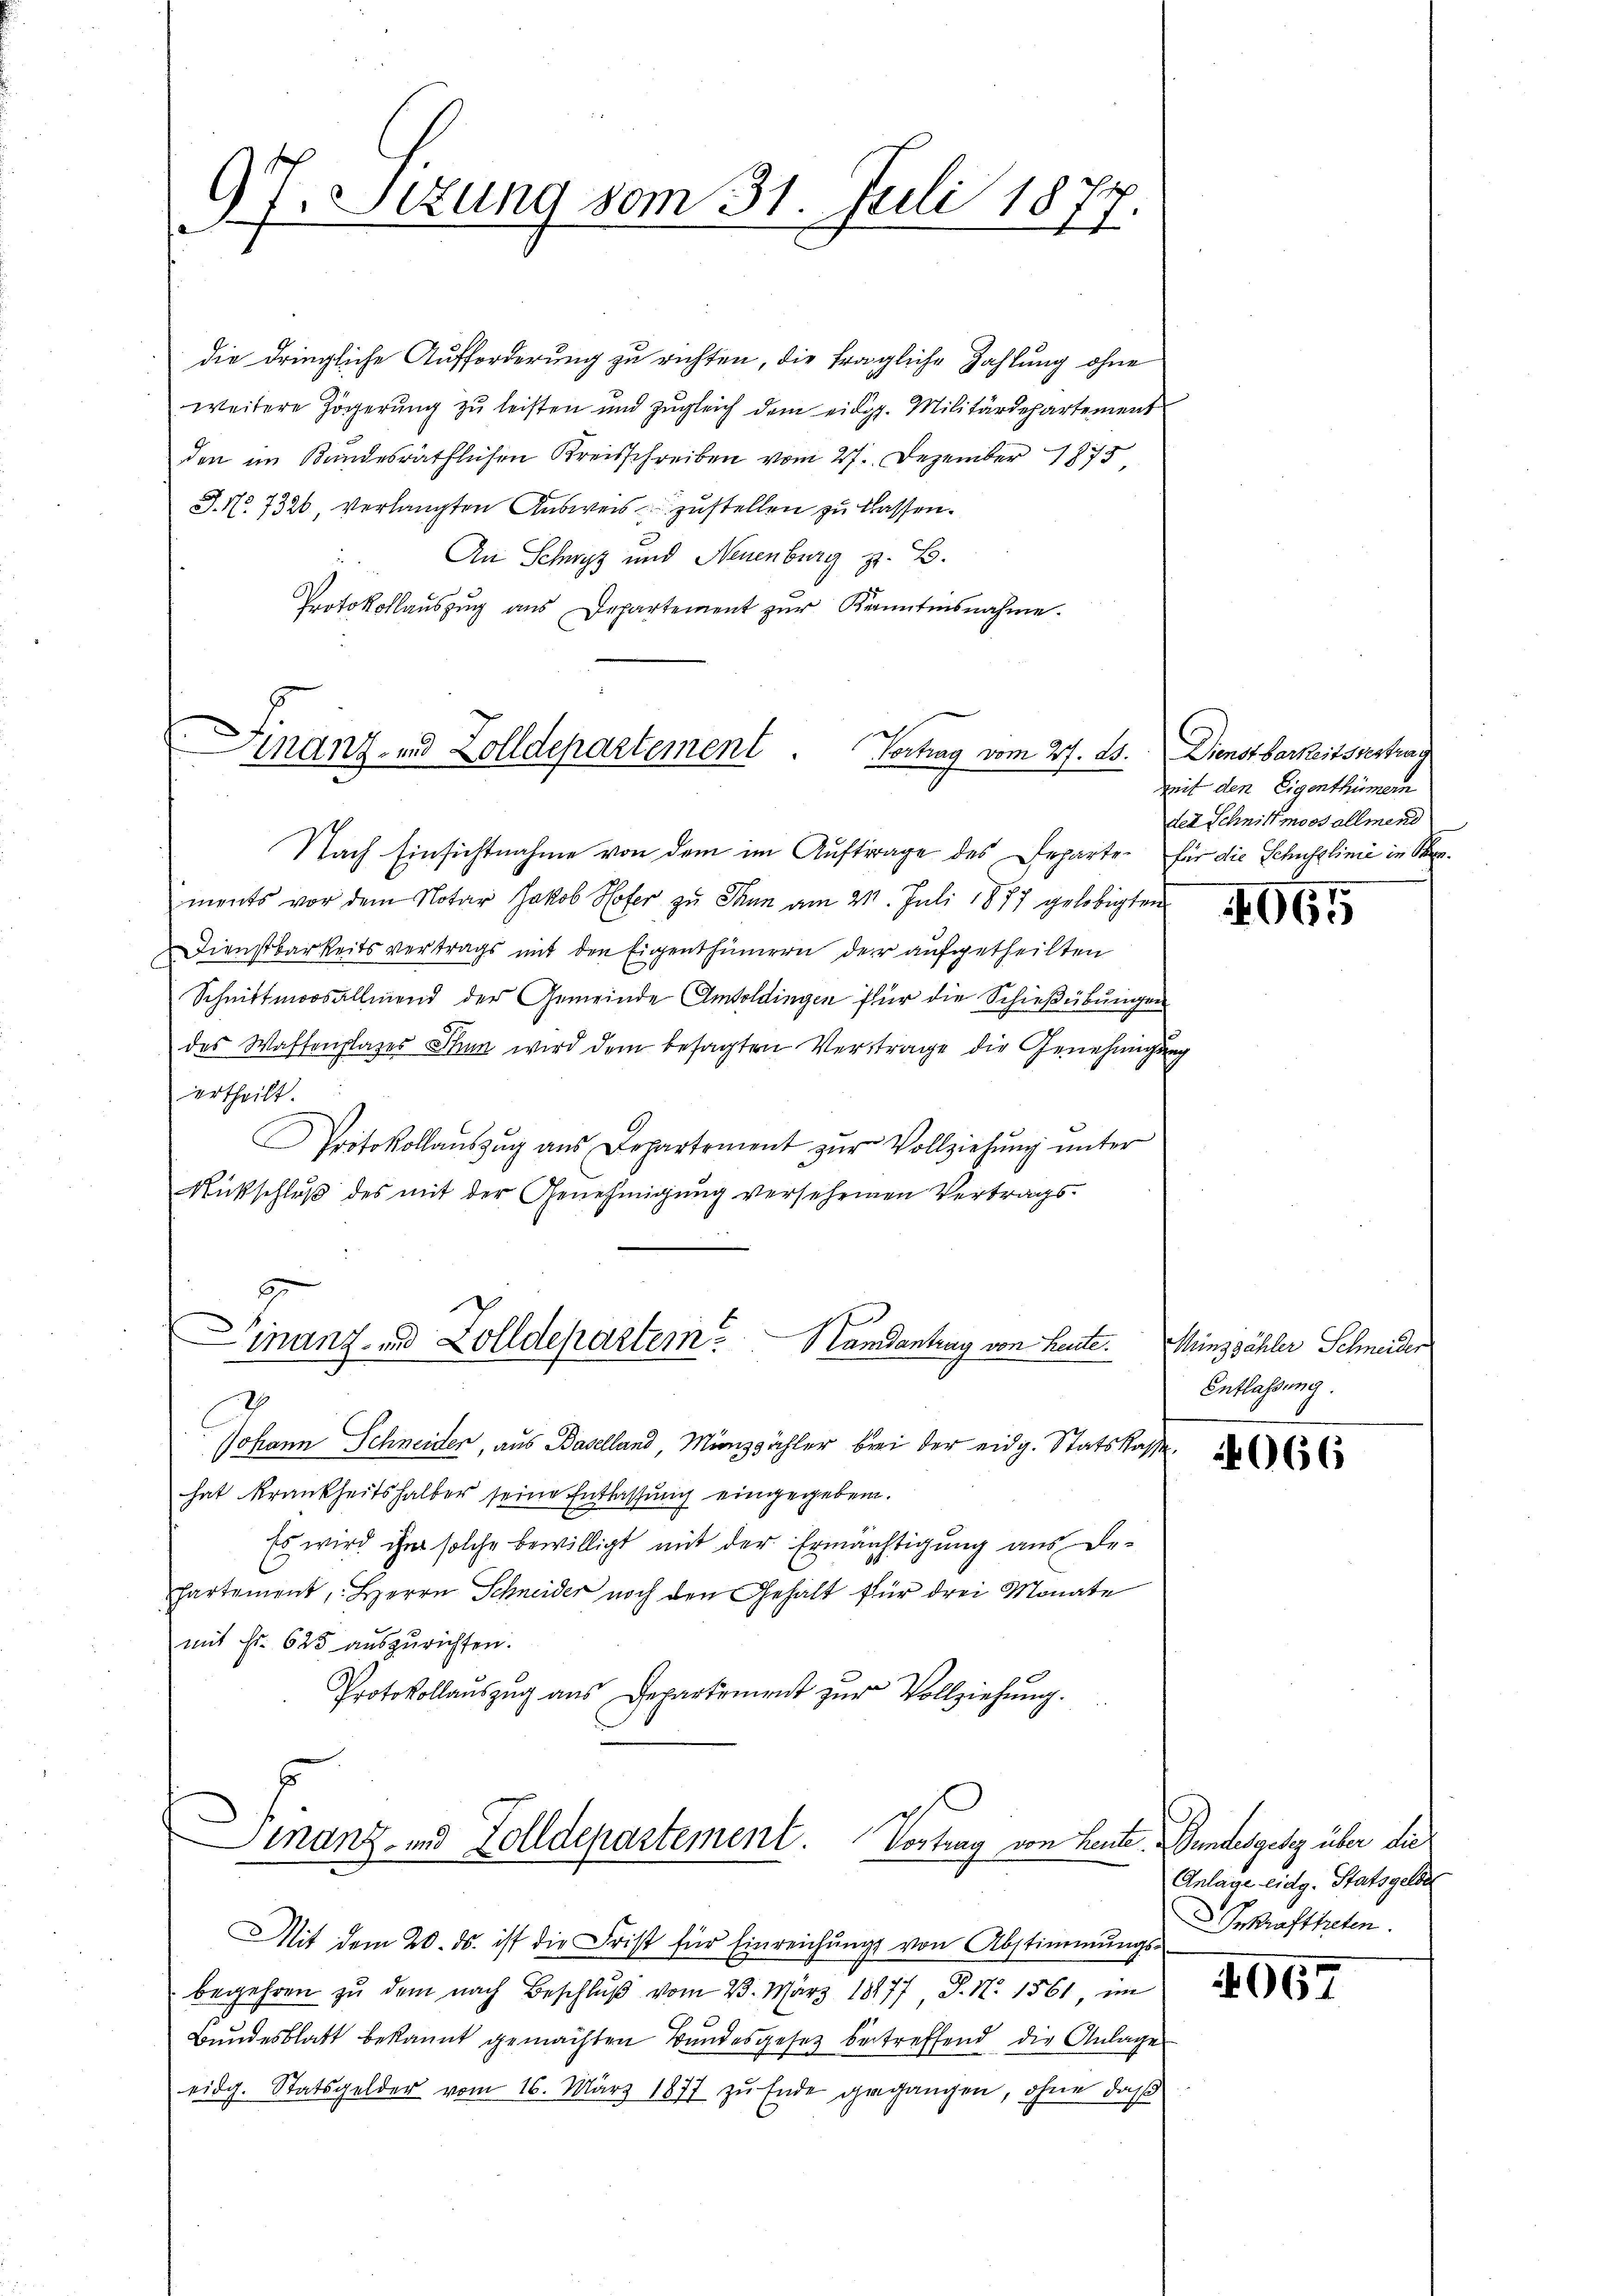
d
97. Sizung vom 31. Juli 1877

die dringliche Aufforderung zu richten, die fragliche Zahlung ohne
weitere Zögerŭng zŭ leisten und zŭgleich dem eidg. Militärdepartement
den im Bundesräthlichen Kreisschreiben vom 27. Dezember 1875,
J. No. 7326 verlangten Ausweis zustellen zu klassen.
An Schwyz und Neuenburg z. B.
Protokollauszug aus Departement zŭr Kenntnisnahme.

Nach Einsichtnahme von dem im Auftrage des Departen für die Schusslinie in O

Finanz- und Zolldepartement. Vortrag vom 27. ds.

ments vor dem Notar Jakob Hofer zu Thun am 21. Juli 1877 gelobigten
Dienstbarkeitsvertrags mit den Eigenthümern der aufgetheilten
Schnittmoosallmend der Gemeinde Amtoldingen für die Schießübungen
des Wastenplazes Thun wird dem besagten Vertrage die Genehmigung
ertheilt.
Protokollaŭszŭg aŭs Departement zŭr Vollziehŭng ŭnter
Rückschlŭβ des mit der Genehmigŭng versehenen Vertrags-
Johann Schneider, aus Baselland, Münzähler bei der eidg. Statskasse.
hat krankheitshalber seine Entlassung eingegeben.
Es wird ihm solche bewilligt mit der Ermächtigung aus Departement, Herrn Schneider noch den Gehalt für drei Monate
mit Fr. 625 auszurichten.
Protokollaŭszŭg aŭs Departement zŭr Vollziehŭng.
5
inanz- und Zolldepartement. Vortrag von Leute. Bundesgesez über die

Finanz- und Zolldepartem Handantrag von heute. Minzähler Schneider

Dienstbarkeitsvertrag
mit den Eigenthümern
der Schnitt moos allmend

965

Entlassung.

Mit dem 20. ds. ist die Frist für Einreichŭngs von Abstimmungs-
begehren zŭ dem nach Beschlŭβ vom 23. März 18177 J. N. 1561, im
Bundesblatt bekannt gemachten Bundesgesetz betreffend die Anlage
eidg. Statsgelder vom 16. März 1877 zu Ende gegangen, ohne daß

4066

Anlage eidg. Statsgelde
Inkrafttreten.

067